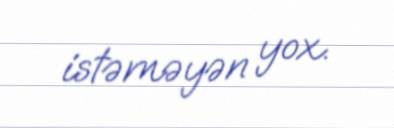
istəməyən yox.